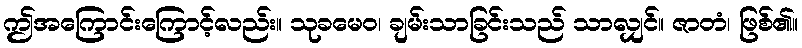
ဤအကြောင်းကြောင့်လည်း။ သုခမေဝ၊ ချမ်းသာခြင်းသည် သာလျှင်။ ဇာတံ၊ ဖြစ်၏။